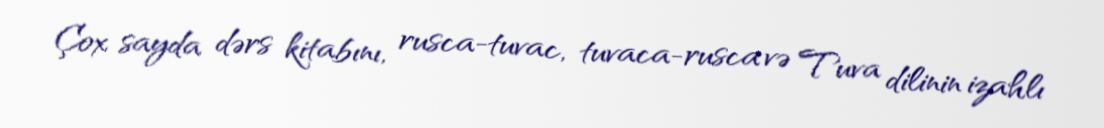
Çox sayda dərs kitabını, rusca-tuvac, tuvaca-rusca və Tuva dilinin izahlı